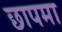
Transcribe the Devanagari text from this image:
छापमा